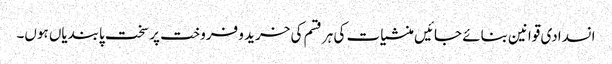
انسدادی قوانین بنائے جائیں منشیات کی ہر قسم کی خرید و فروخت پر سخت پابندیاں ہوں۔